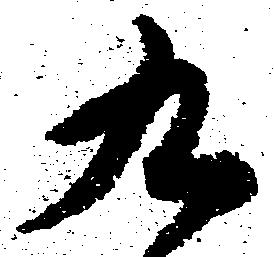
九